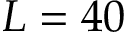
L = 4 0